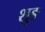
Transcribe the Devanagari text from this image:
शुङ